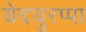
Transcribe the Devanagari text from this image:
येदयुरप्पा